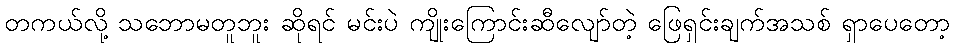
တကယ်လို့ သဘောမတူဘူး ဆိုရင် မင်းပဲ ကျိုးကြောင်းဆီလျော်တဲ့ ဖြေရှင်းချက်အသစ် ရှာပေတော့